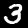
Digit: 3